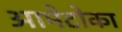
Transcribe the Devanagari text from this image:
आमेटोका